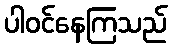
ပါဝင်နေကြသည်